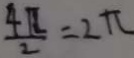
\frac { 4 \pi } { 2 } = 2 \pi